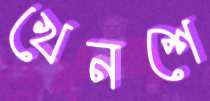
খেনশে